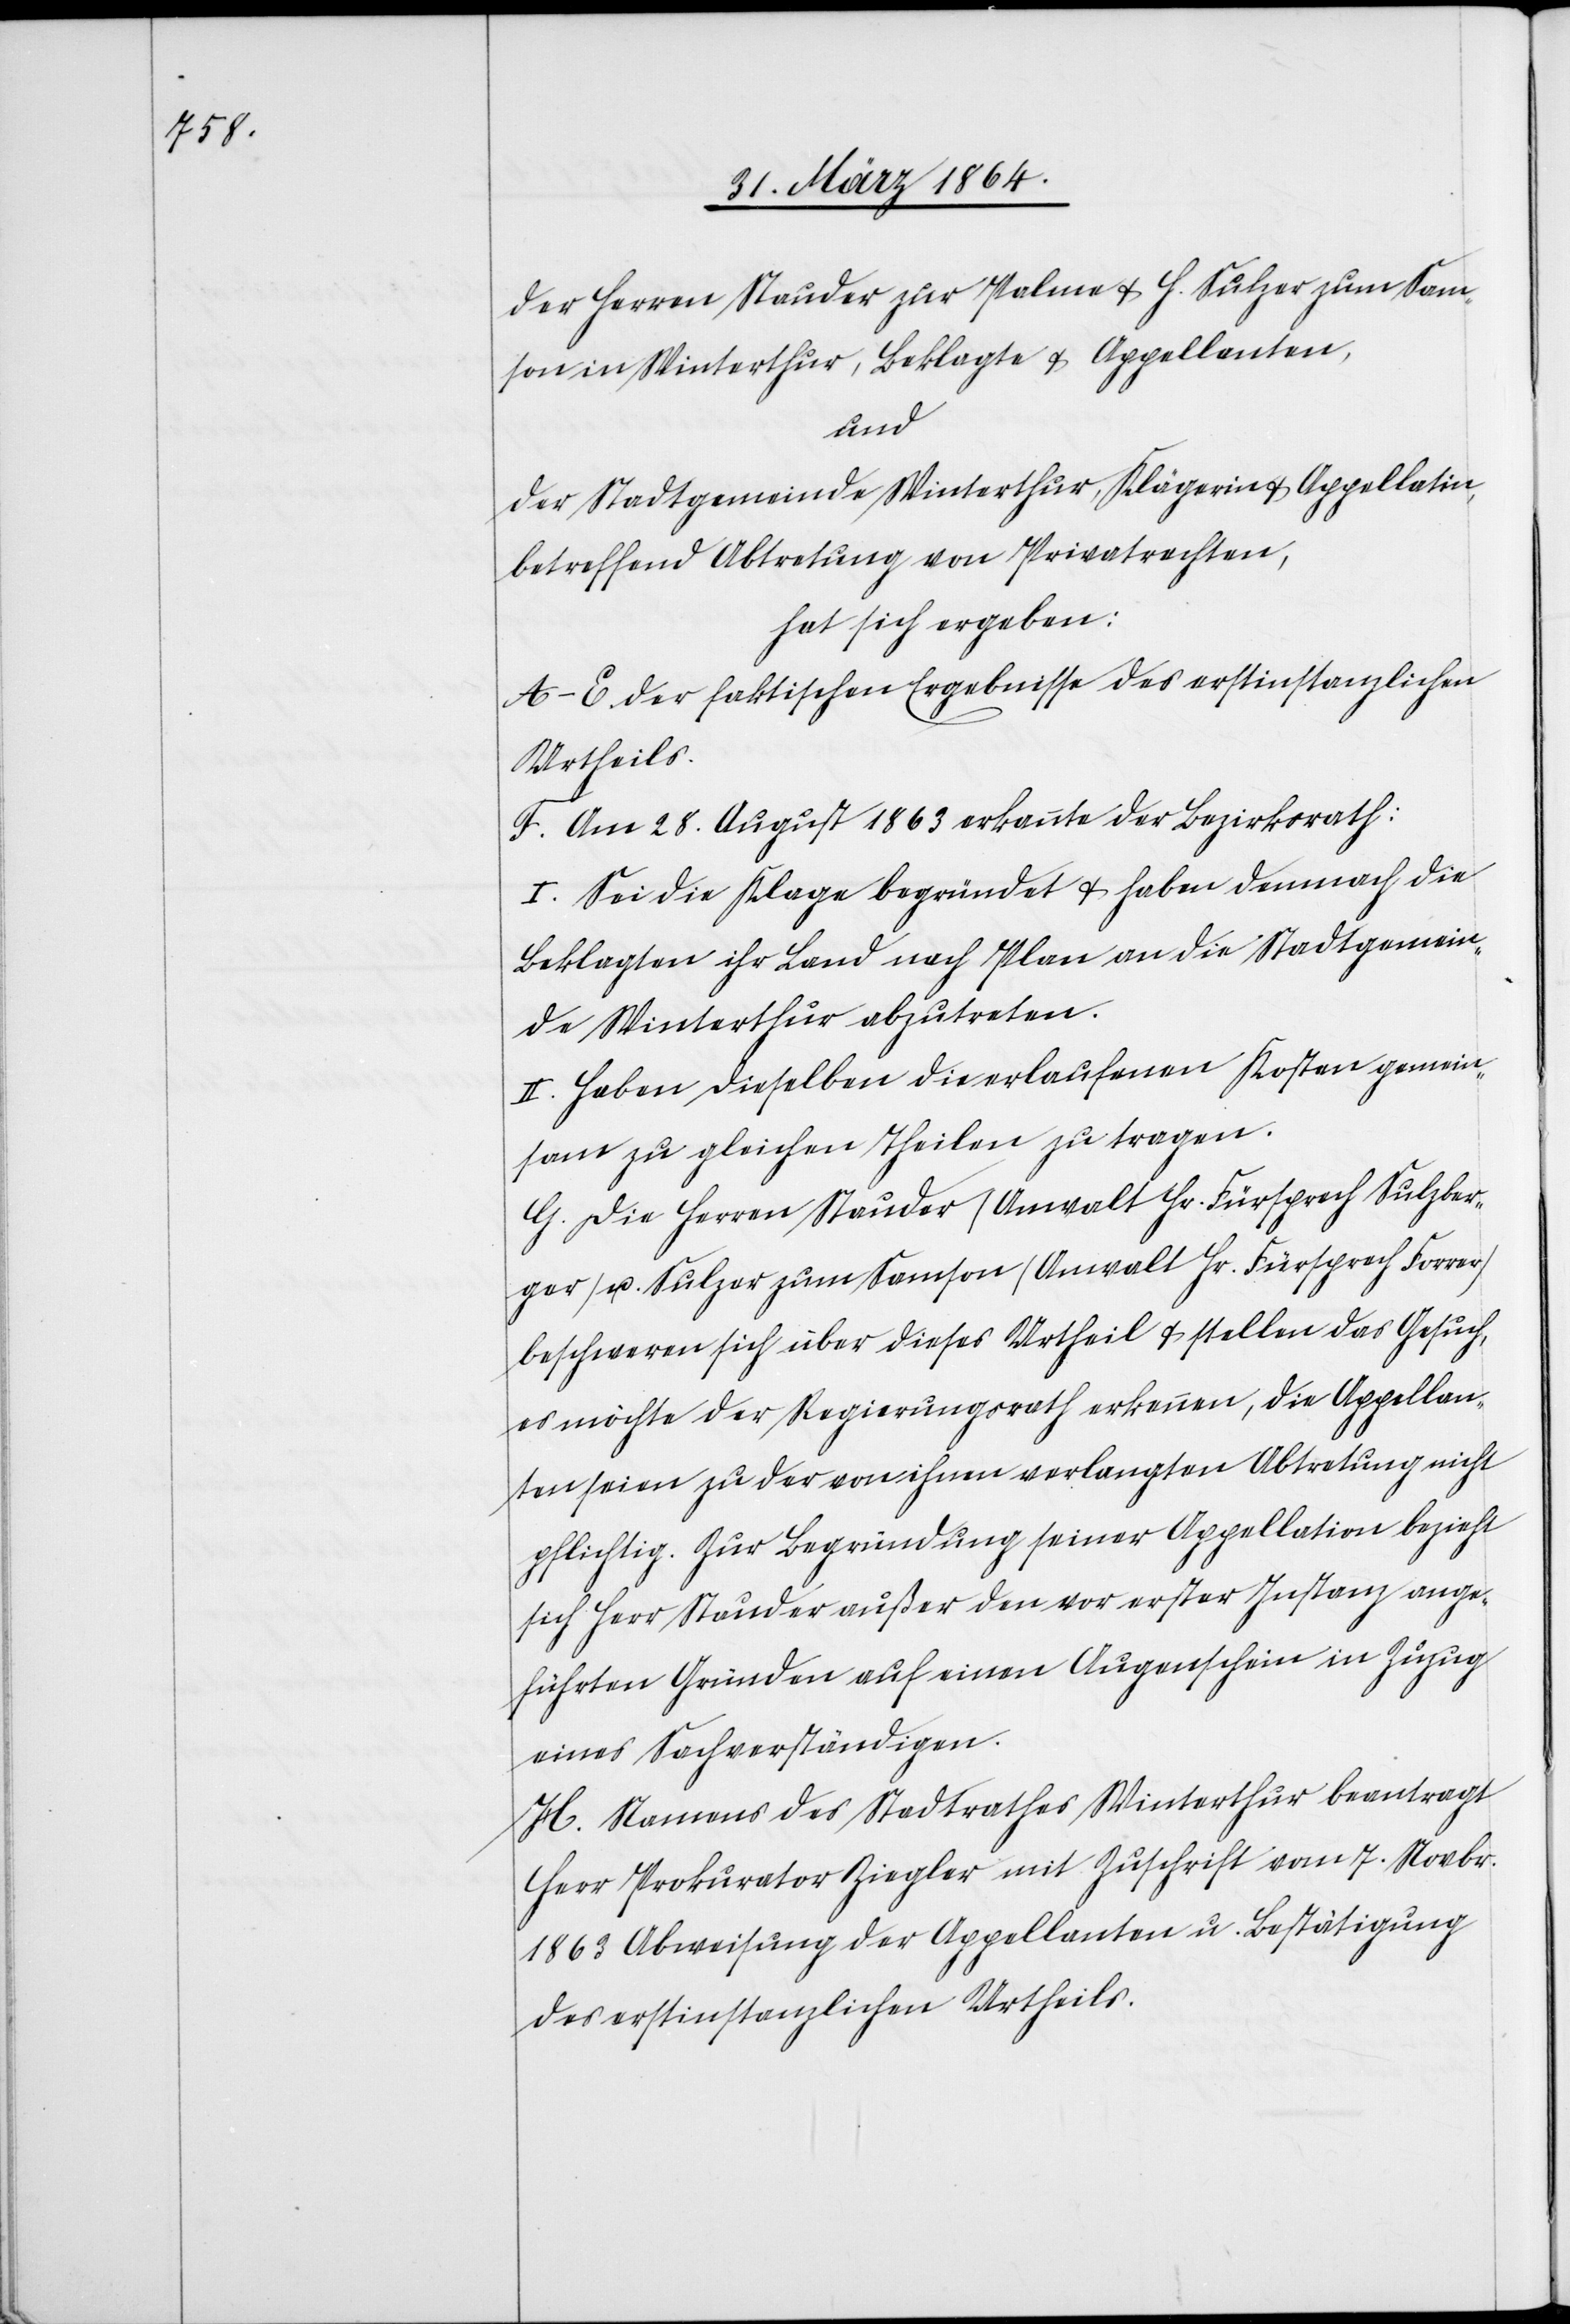
der Herren Stauder zur Palme u. H. Sulzer zum Sam¬
son in Winterthur, Beklagte u. Appellanten,
und
der Stadtgemeinde Winterthur, Klägerin u. Appellatin,
betreffend Abtretung von Privatrechten,
hat sich ergeben:
A-E der faktischen Ergebnisse des erstinstanzlichen
Urtheils.
F. Am 28. August 1863 erkannte der Bezirksrath:
I. Sei die Klage begründet u. haben demnach die
Beklagten ihr Land nach Plan an die Stadtgemein¬
de Winterthur abzutreten.
II. Haben dieselben die erlaufenen Kosten gemein¬
sam zu gleichen Theilen zu tragen.
G. Die Herren Stauder (Anwalt Hr. Fürsprech Sulzber¬
ger) u. Sulzer zum Samson (Anwalt Hr. Fürsprech Forrer)
beschweren sich über dieses Urtheil u. stellen das Gesuch,
es möchte der Regierungsrath erkennen, die Appellan¬
ten seien zu der von ihnen verlangten Abtretung nicht
pflichtig. Zur Begründung seiner Appellation bezieht
sich Herr Stauder außer den vor erster Instanz ange¬
führten Gründen auf einen Augenschein in Zuzug
eines Sachverständigen.
H. Namens des Stadtrathes Winterthur beantragt
Herr Prokurator Ziegler mit Zuschrift vom 7. Novbr.
1863 Abweisung der Appellanten u. Bestätigung
des erstinstanzlichen Urtheils.